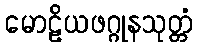
မောဠိယဖဂ္ဂုနသုတ္တံ